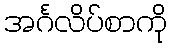
အင်္ဂလိပ်စာကို